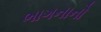
ભાગનાનો